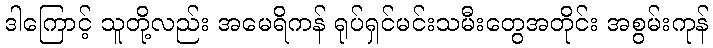
ဒါကြောင့် သူတို့လည်း အမေရိကန် ရုပ်ရှင်မင်းသမီးတွေအတိုင်း အစွမ်းကုန်